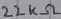
Text: 22KΩ